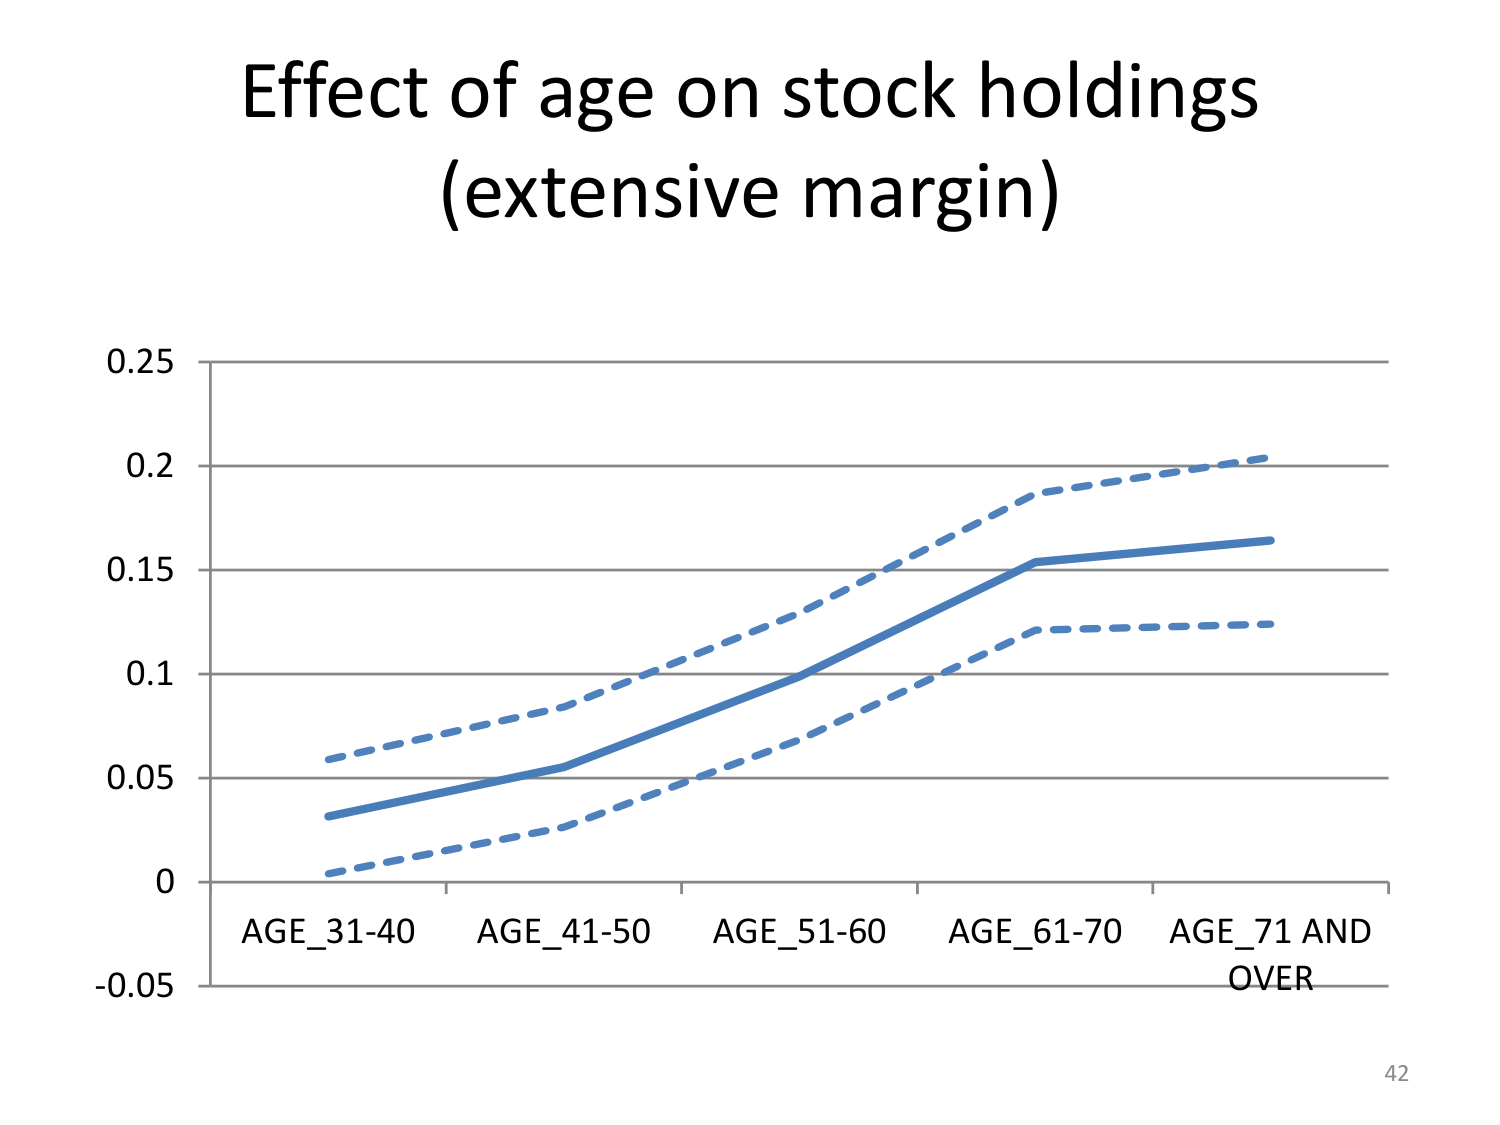
Effect of age on stock holdings
(extensive margin)

0.25
0.2
0.15
0.1
0.05
0
-0.05

AGE_31-40   AGE_41-50   AGE_51-60   AGE_61-70   AGE_71 AND
OVER

42